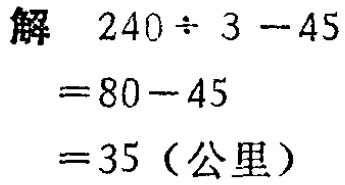
解 \(240\div 3 - 45\)

\(= 80 - 45\)

\(= 35\)（公里）